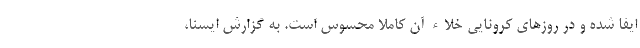
ایفا شده و در روزهای کرونایی خلاء آن کاملا محسوس است. به گزارش ایسنا،